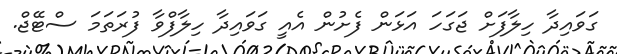
ގަވައިދާ ހިލާފަށް ޖަގަހަ އަޅަން ފެށުން އެއީ ގަވައިދާ ހިލާފްވާ ފުރަތަމަ ސްޓޭޖް.